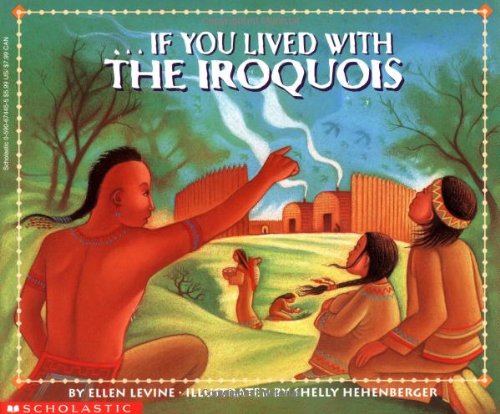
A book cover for If You Lived With The Iroquois; Ellen Levine; Children's Books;